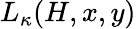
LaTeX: L_{\kappa}(H,x,y)